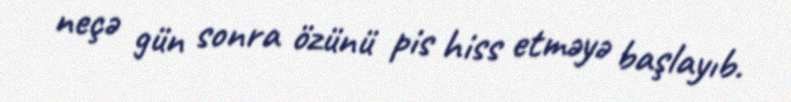
neçə gün sonra özünü pis hiss etməyə başlayıb.